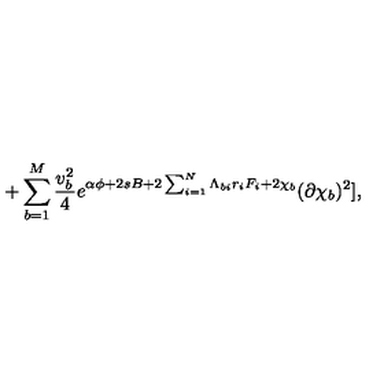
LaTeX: + \sum _ { b = 1 } ^ { M } { \frac { v _ { b } ^ { 2 } } { 4 } } e ^ { \alpha \phi + 2 s B + 2 \sum _ { i = 1 } ^ { N } \Lambda _ { b i } r _ { i } F _ { i } + 2 \chi _ { b } } ( \partial \chi _ { b } ) ^ { 2 } ] ,